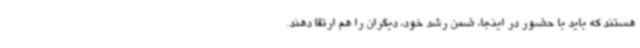
هستند که باید با حضور در اینجا، ضمن رشد خود، دیگران را هم ارتقا دهند.